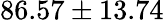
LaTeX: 86.57\pm 13.74